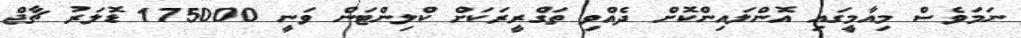
ނަމަވެސް މިއާމީގައި އޮންލައިންކޮށް ދެއްވި ތަގްރީރަކަށް ކްލިންޓަން ވަނީ 175000 ޑޮލަރު ޗާޖް